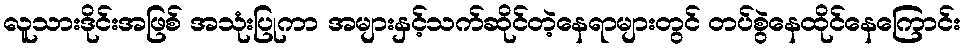
လူသားဒိုင်းအဖြစ် အသုံးပြုကာ အများနှင့်သက်ဆိုင်တဲ့နေရာများတွင် တပ်စွဲနေထိုင်နေကြောင်း